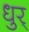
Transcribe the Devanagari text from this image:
धुर्